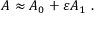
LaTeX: A \approx A _ { 0 } + \varepsilon A _ { 1 } ~ .